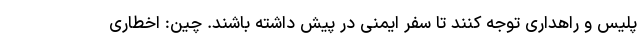
پلیس و راهداری توجه کنند تا سفر ایمنی در پیش داشته باشند. چین: اخطاری